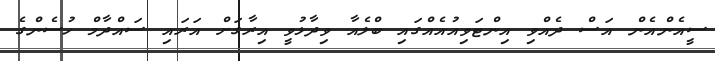
ސީއެންއެން އަސް ދެއްވި އިންޓަވިއުއެއްގައި ބްލެއާ ވިދާޅުވީ އިރާގަށް އަރައި ސައްދާމް ހުސެންގެ